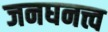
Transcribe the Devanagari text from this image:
जनघनत्त्व